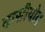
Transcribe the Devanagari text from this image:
दासीयोग